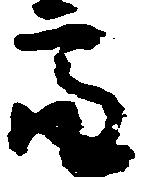
亮